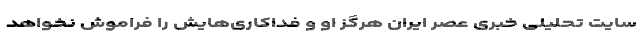
سایت تحلیلی خبری عصر ایران هرگز او و فداکاری‌هایش را فراموش نخواهد